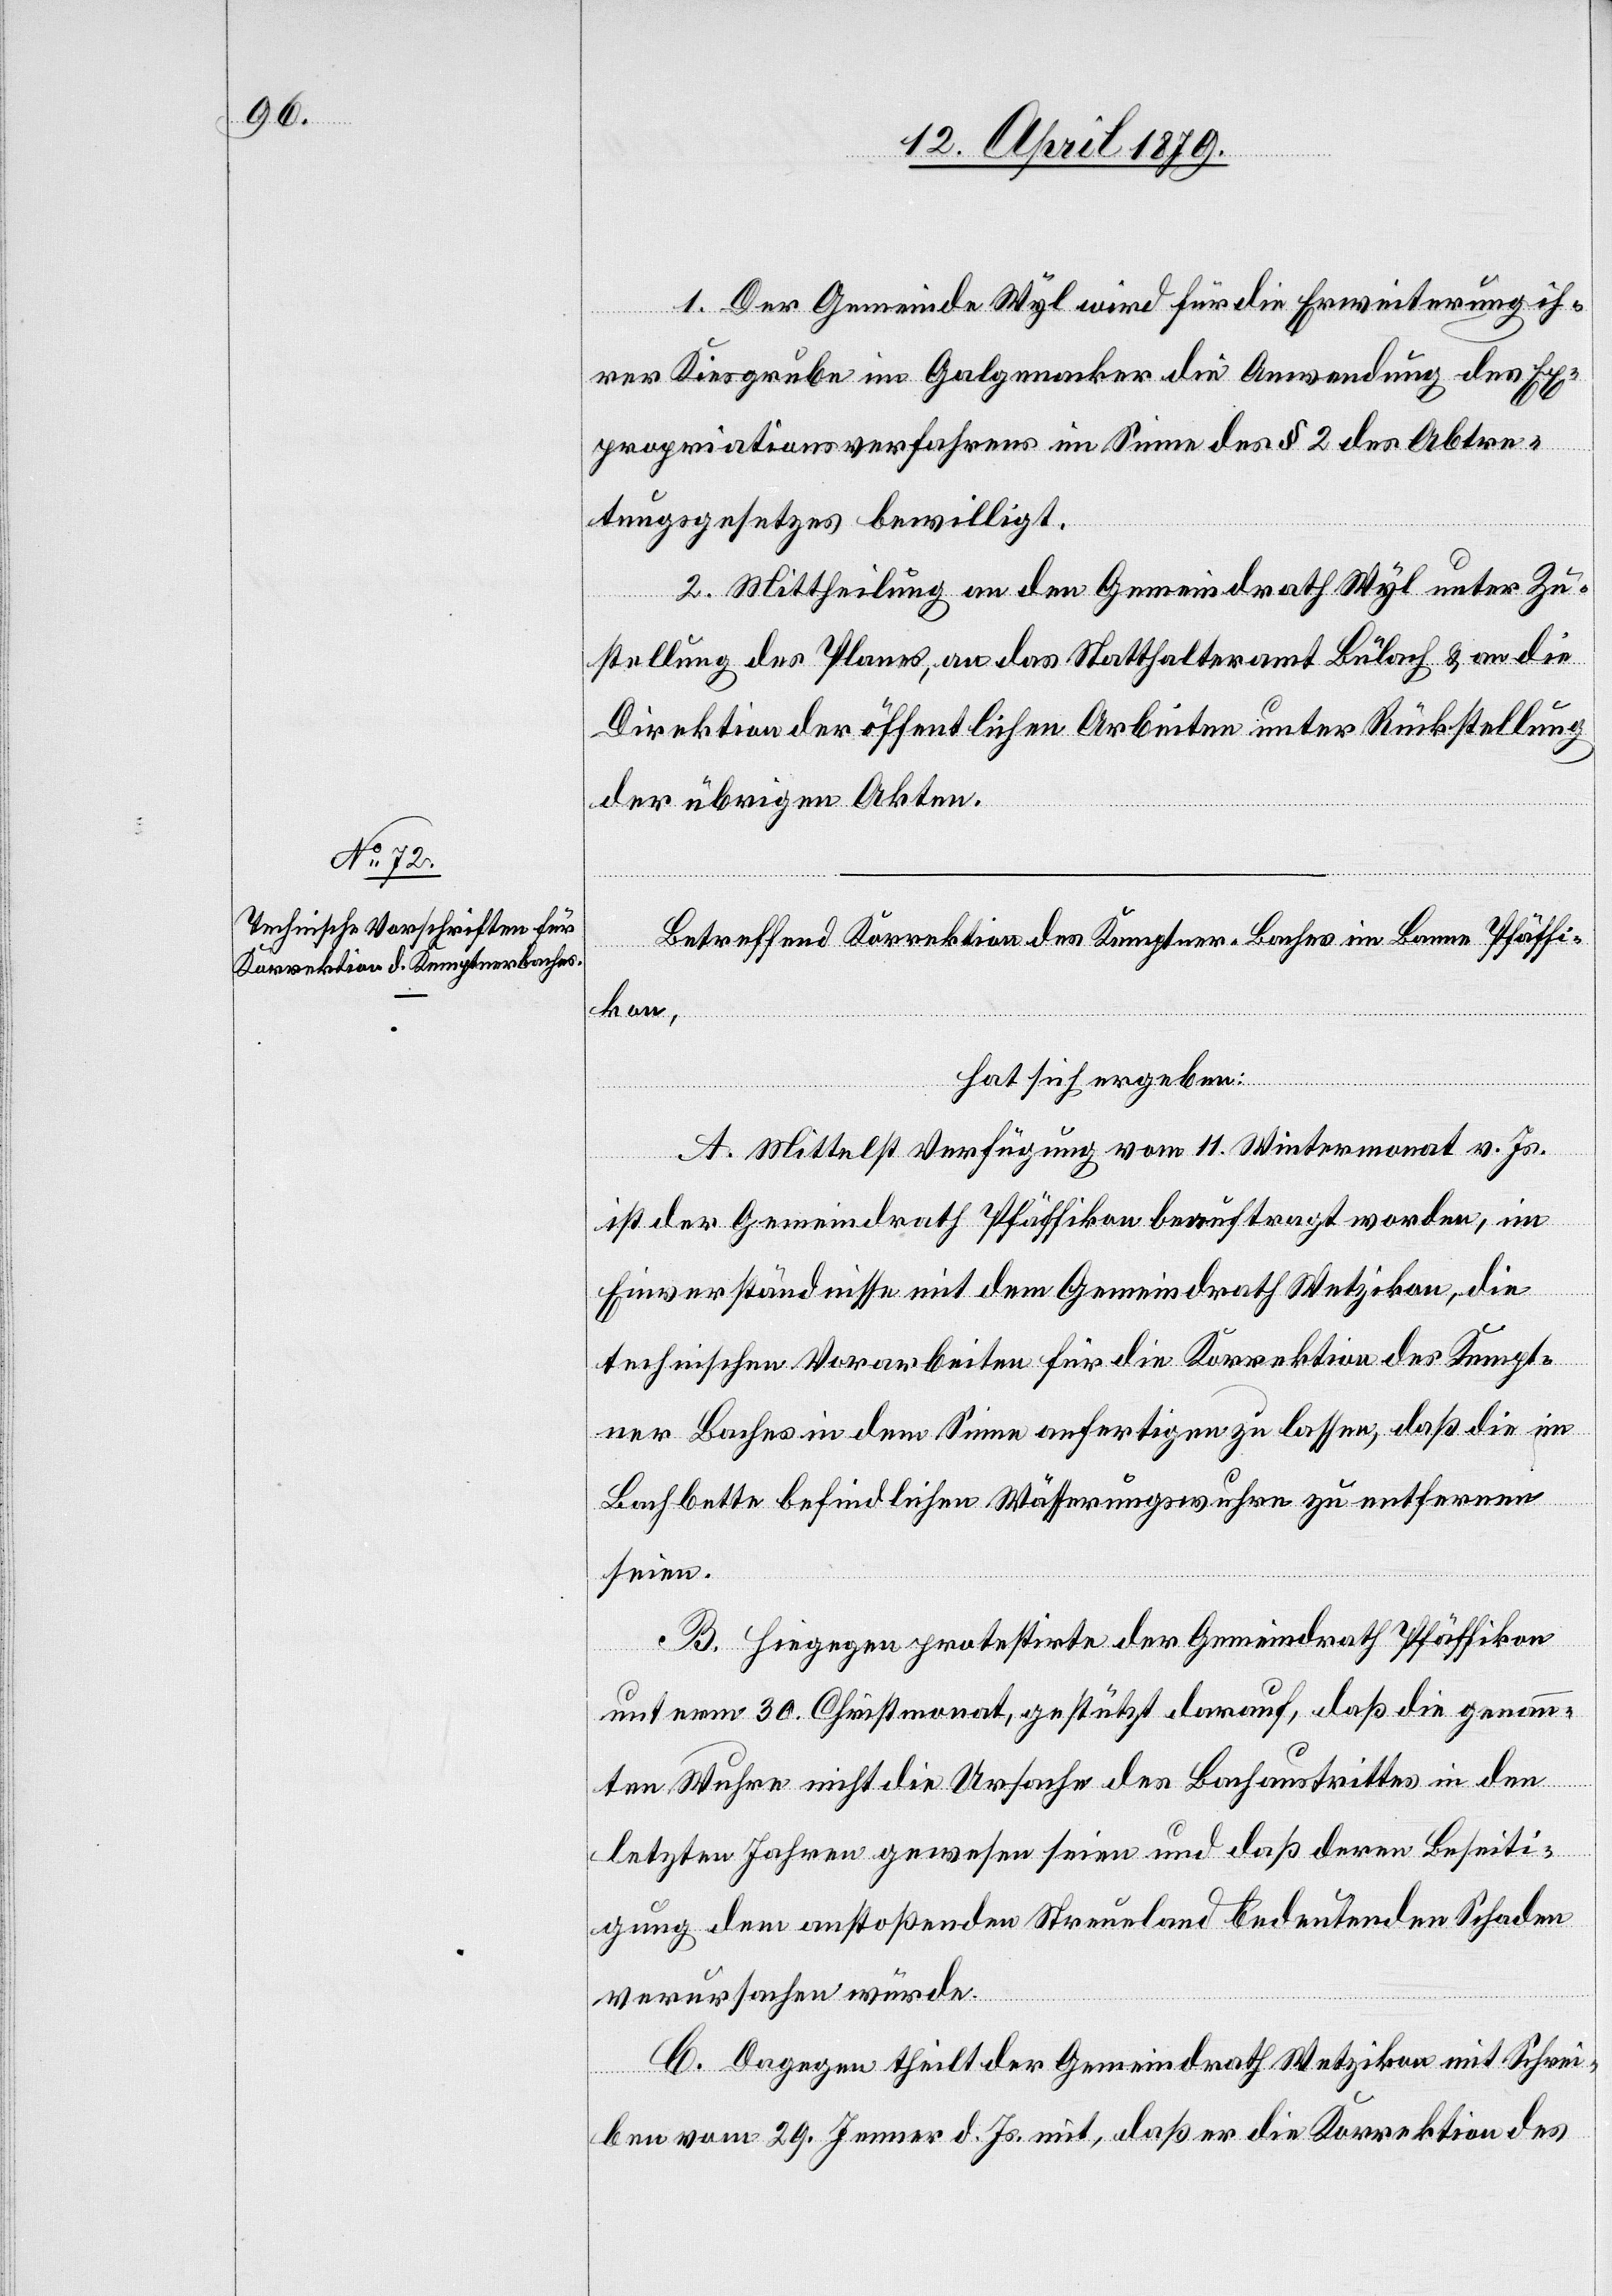
1. Der Gemeinde Wyl wird für die Erweiterung ih¬
rer Kiesgrube im Galgenacker die Anwendung des Ex¬
propriationsverfahrens im Sinne des § 2 des Abtre¬
tungsgesetzes bewilligt.
2. Mittheilung an den Gemeindrath Wyl unter Zu¬
stellung des Planes, an das Statthalteramt Bülach & an die
Direktion der öffentlichen Arbeiten unter Rückstellung
der übrigen Akten.
Betreffend Korrektion des Kemptner-Baches im Banne Pfäffi¬
kon,
hat sich ergeben:
A. Mittelst Verfügung vom 11. Wintermonat v. Js.
ist der Gemeindrath Pfäffikon beauftragt worden, im
Einverständnisse mit dem Gemeindrath Wetzikon, die
technischen Vorarbeiten für die Korrektion des Kempt¬
ner Baches in dem Sinne anfertigen zu lassen, daß die im
Bachbette befindlichen Wässerungswuhre zu entfernen
seien.
B. Hiegegen protestirte der Gemeindrath Pfäffikon
unterm 30. Christmonat, gestützt darauf, daß die genann¬
ten Wuhre nicht die Ursache des Bachaustrittes in den
letzten Jahren gewesen seien und daß deren Beseiti¬
gung dem anstoßenden Streueland bedeutenden Schaden
verursachen würde.
C. Dagegen theilt der Gemeindrath Wetzikon mit Schrei¬
ben vom 29. Jenner d. Js. mit, daß er die Korrektion des